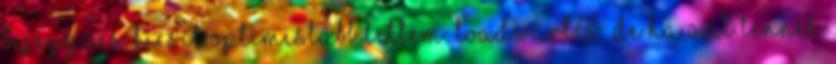
bejegyzés. Kicsit optimistább lettem. Toadwart66: De ha azt tennék,